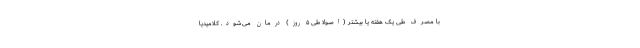
با مصرف طی یک هفته یا بیشتر (اصولاً طی ۵ روز) درمان می‌شود. کلامیدیا